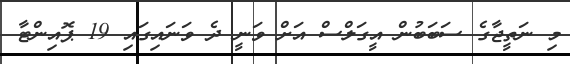
މި ނަތީޖާގެ ސަބަބުން އީގަލްސް އަށް ވަނީ ދެ ވަނައިގައި 19 ޕޮއިންޓާ